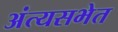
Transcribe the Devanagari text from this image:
अंत्यसभेत